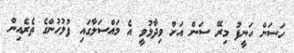
ހަސަން ހަނީފު މިރޭ ސަން އަށް ވިދާޅުވީ އެ މައްސަލާގައި ފުލުހުންގެ ތެރެއިން